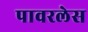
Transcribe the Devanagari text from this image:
पावरलेस